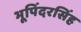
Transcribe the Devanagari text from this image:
भूपिंदरसिंह